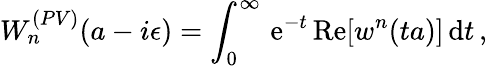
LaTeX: W_{n}^{(PV)}(a-i\epsilon)=\int_{0}^{\infty}\, \mathrm{e}^{-t}\, \mathrm{Re}[w^{n}(ta)]\, \mathrm{d}t\, ,